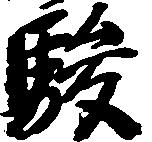
駿